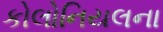
કોલોનિયલના